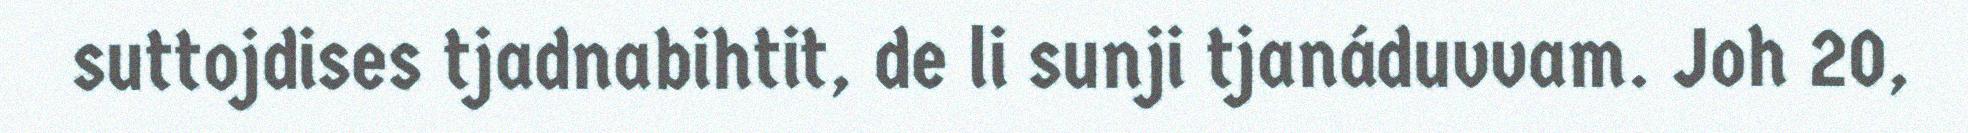
suttojdises tjadnabihtit, de li sunji tjanáduvvam. Joh 20,